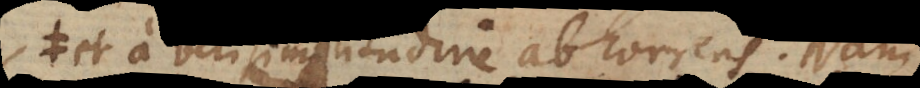
et a verisimilitudine abhorrens. Nam